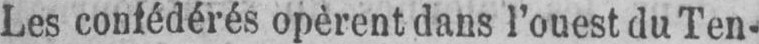
Les confédérés opèrent dans l’ouest du Ten-